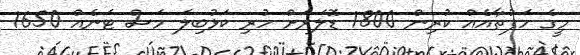
މީގެ ހަފުތާއެއް ކުރިން 1800 ޑޮލަރަށް ހުރި ކަޅުބިލަ މަސް ޓަނެއް 1650